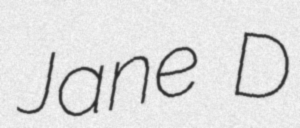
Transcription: Jane D